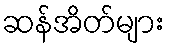
ဆန်အိတ်များ